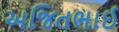
અજિતભાઈ